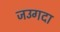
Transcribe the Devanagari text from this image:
जउगदा